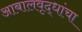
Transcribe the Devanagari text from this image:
आबालवृद्धांचा